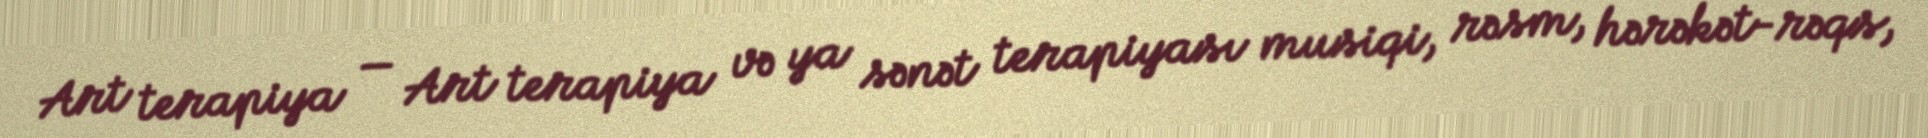
Art terapiya — Art terapiya və ya sənət terapiyası musiqi, rəsm, hərəkət-rəqs,